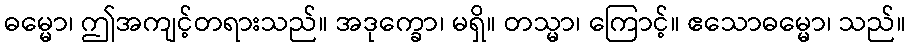
ဓမ္မော၊ ဤအကျင့်တရားသည်။ အဒုက္ခော၊ မရှိ။ တသ္မာ၊ ကြောင့်။ ဧသောဓမ္မော၊ သည်။